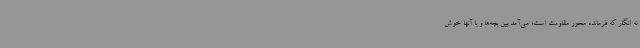
نه انگار که فرمانده محور مقاومت است؛ می‌آمد بین بچه‌ها و با آنها خوش